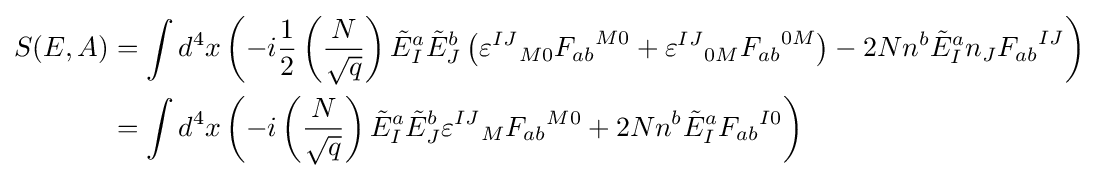
{\begin{aligned}S(E,A)&=\int d^{4}x\left(-i{1 \over 2}\left({N \over {\sqrt {q}}}\right){\tilde {E}}_{I}^{a}{\tilde {E}}_{J}^{b}\left({\varepsilon ^{IJ}}_{M0}{F_{ab}}^{M0}+{\varepsilon ^{IJ}}_{0M}{F_{ab}}^{0M}\right)-2Nn^{b}{\tilde {E}}_{I}^{a}n_{J}{F_{ab}}^{IJ}\right)\\&=\int d^{4}x\left(-i\left({N \over {\sqrt {q}}}\right){\tilde {E}}_{I}^{a}{\tilde {E}}_{J}^{b}{\varepsilon ^{IJ}}_{M}{F_{ab}}^{M0}+2Nn^{b}{\tilde {E}}_{I}^{a}{F_{ab}}^{I0}\right)\end{aligned}}